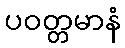
ပဝတ္တမာနံ